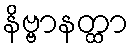
နိဗ္ဗာနတ္ထာ